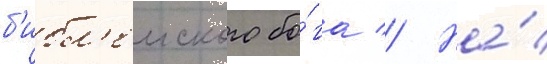
б'ибл'еиского бо́га // На́